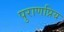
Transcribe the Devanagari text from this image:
पुराणप्रिय